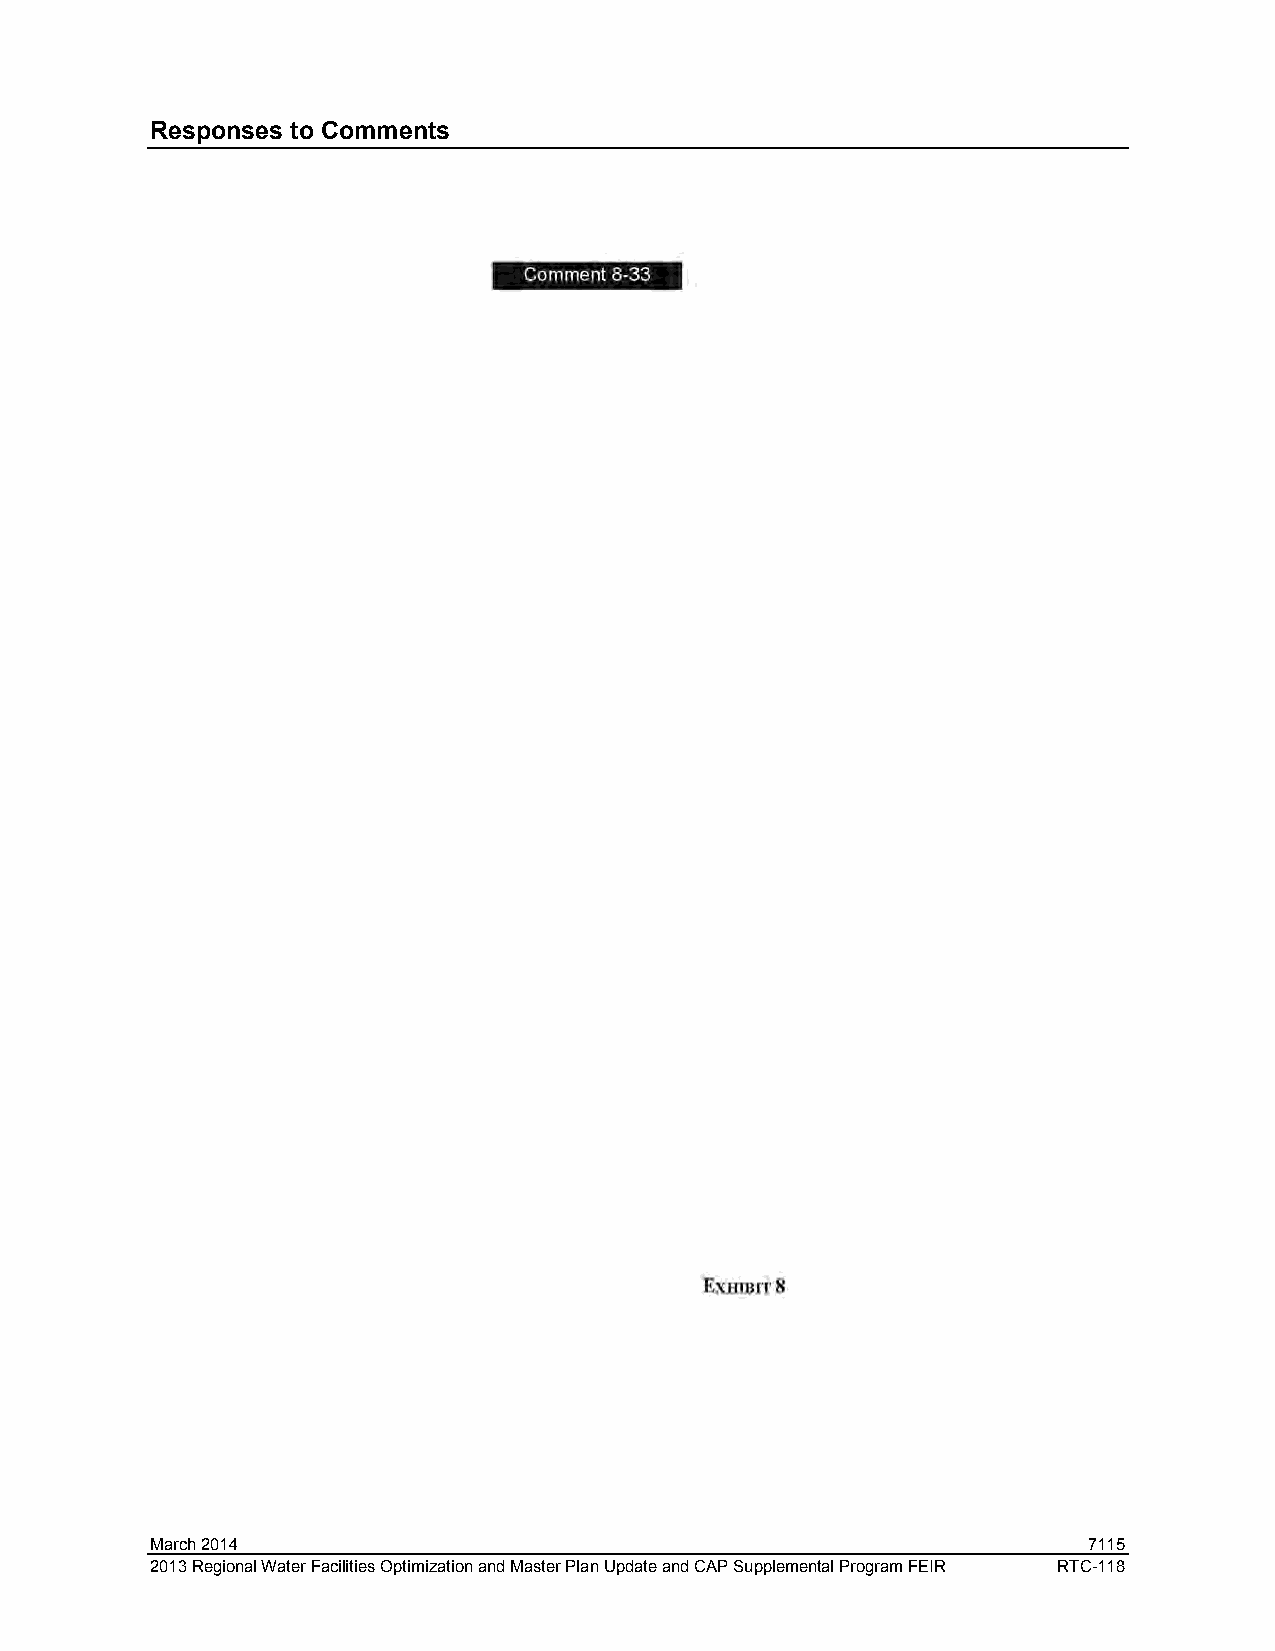
Responses to Comments
 March 2014                                                    7115
 2013 Regional Water Facilities Optimization and Master Plan Update and CAP Supplemental Program FEIR RTC-118